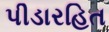
પીડારહિત